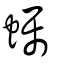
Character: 蠾